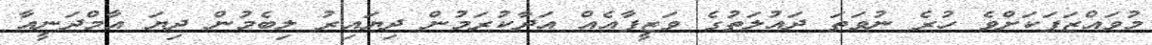
މުވައްޒަފަކަށްވެ ހުރެ ނުވަތަ ދައުލަތުގެ ވަޒީފާއެއް އަދާކުރަމުން ދިޔައިރު ލިބެމުން ދިޔަ އާމްދަނީއާ